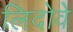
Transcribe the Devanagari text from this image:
लिदोवे